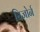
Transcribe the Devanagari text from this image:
बिजोर्न